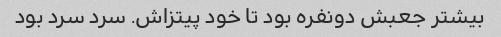
بیشتر جعبش دونفره بود تا خود پیتزاش. سرد سرد بود